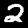
Digit: 2